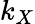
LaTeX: k_{X}